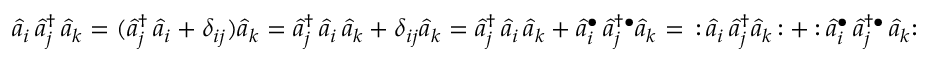
{ \hat { a } } _ { i } \, { \hat { a } } _ { j } ^ { \dagger } \, { \hat { a } } _ { k } = ( { \hat { a } } _ { j } ^ { \dagger } \, { \hat { a } } _ { i } + \delta _ { i j } ) { \hat { a } } _ { k } = { \hat { a } } _ { j } ^ { \dagger } \, { \hat { a } } _ { i } \, { \hat { a } } _ { k } + \delta _ { i j } { \hat { a } } _ { k } = { \hat { a } } _ { j } ^ { \dagger } \, { \hat { a } } _ { i } \, { \hat { a } } _ { k } + { \hat { a } } _ { i } ^ { \bullet } \, { \hat { a } } _ { j } ^ { \dagger \bullet } { \hat { a } } _ { k } = \, { \mathopen { : } } \, { \hat { a } } _ { i } \, { \hat { a } } _ { j } ^ { \dagger } { \hat { a } } _ { k } \, { \mathclose { : } } + { \mathclose { : } } \, { \hat { a } } _ { i } ^ { \bullet } \, { \hat { a } } _ { j } ^ { \dagger \bullet } \, { \hat { a } } _ { k } { \mathclose { : } }